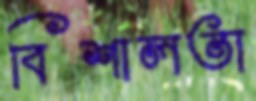
বিশালতা